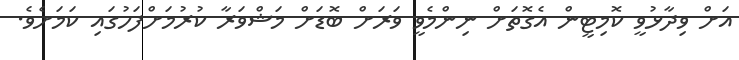
އަށް ވިދާޅުވީ ކޮމިޓީން އެގޮތަށް ނިންމެވީ ވަރަށް ބޮޑަށް މަޝްވަރާ ކުރުމަށްފަހުގައި ކަމަށެވެ.